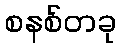
စနစ်တခု